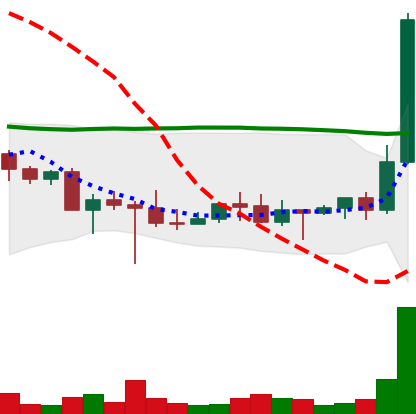
Ticker: DOGE-USD
Chart end date: 2022-10-26
Forward return: 74.486%
Label: up_7plus